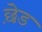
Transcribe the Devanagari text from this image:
छ़ेड